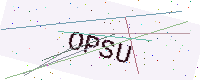
Text: OPSU